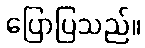
ပြောပြသည်။